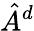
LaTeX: \hat{A}^{d}